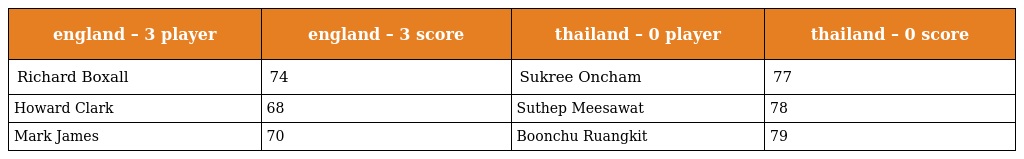
| england – 3 player | england – 3 score | thailand – 0 player | thailand – 0 score |
 | --- | --- | --- | --- |
 | Richard Boxall | 74 | Sukree Oncham | 77 |
 | Howard Clark | 68 | Suthep Meesawat | 78 |
 | Mark James | 70 | Boonchu Ruangkit | 79 |